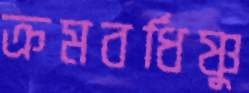
ক্রমবর্ধিষ্ণু